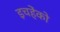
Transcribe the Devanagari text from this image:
इचहेंको